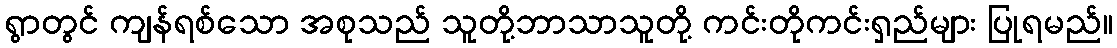
ရွာတွင် ကျန်ရစ်သော အစုသည် သူတို့ဘာသာသူတို့ ကင်းတိုကင်းရှည်များ ပြုရမည်။